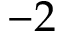
- 2